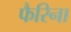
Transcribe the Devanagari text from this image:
फैरिना